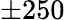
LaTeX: \pm 250